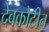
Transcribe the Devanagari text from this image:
देवकोटीत